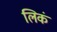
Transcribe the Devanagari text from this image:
लिकं